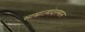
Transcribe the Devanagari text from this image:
साम्राज्यांदरम्यान